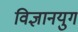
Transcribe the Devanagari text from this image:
विज्ञानयुग